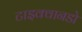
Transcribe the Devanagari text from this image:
टाइक्वानडो